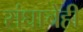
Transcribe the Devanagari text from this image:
संघाचेही